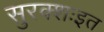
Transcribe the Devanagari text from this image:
सुरक्शःइत